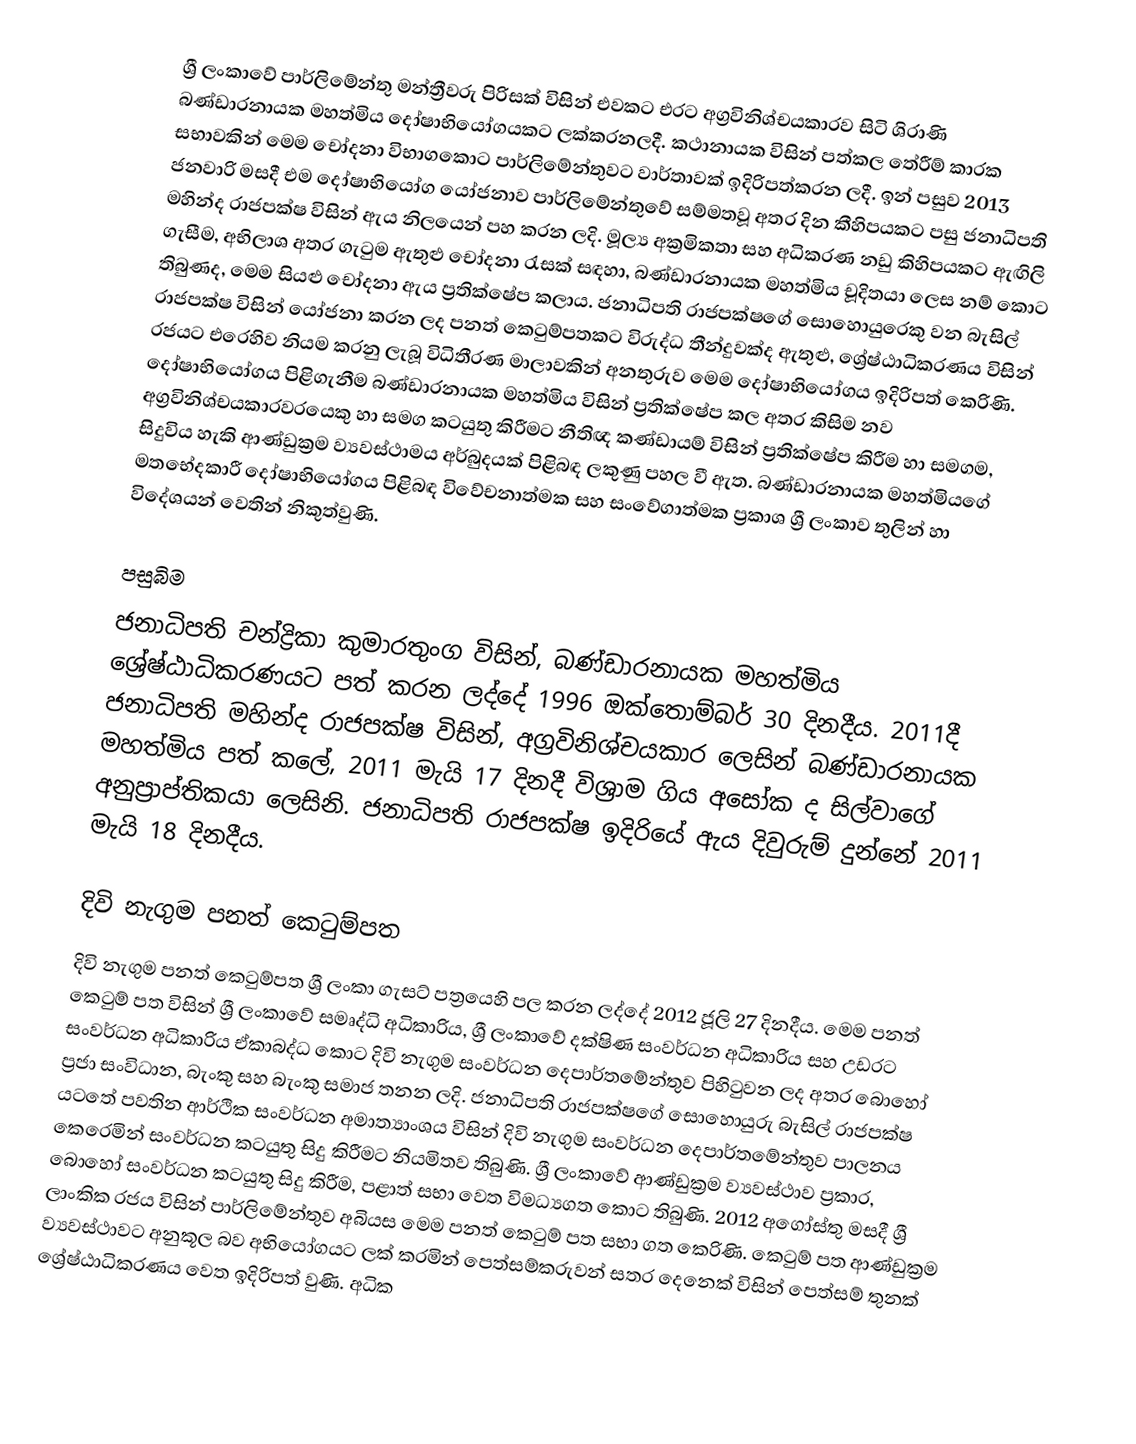
ශ්‍රී ලංකාවේ  පාර්ලිමේන්තු මන්ත්‍රීවරු  පිරිසක් විසින් එවකට එරට අග්‍රවිනිශ්චයකාරව සිටි ශිරාණි බණ්ඩාරනායක මහත්මිය දෝෂාභියෝගයකට ලක්කරනලදී. කථානායක විසින් පත්කල තේරීම් කාරක සභාවකින් මෙම චෝදනා විභාගකොට පාර්ලිමේන්තුවට වාර්තාවක් ඉදිරිපත්කරන ලදී.  ඉන් පසුව 2013 ජනවාරි මසදී  එම දෝෂාභියෝග යෝජනාව පාර්ලිමේන්තුවේ සම්මතවූ අතර දින කීහිපයකට පසු ජනාධිපති මහින්ද රාජපක්ෂ විසින් ඇය නිලයෙන් පහ කරන ලදි. මූල්‍ය අක්‍රමිකතා සහ අධිකරණ නඩු කිහිපයකට ඇඟිලි ගැසීම, අභිලාශ අතර ගැටුම ඇතුළු චෝදනා රැසක් සඳහා, බණ්ඩාරනායක මහත්මිය චූදිතයා ලෙස නම් කොට තිබුණද, මෙම සියළු චෝදනා ඇය ප්‍රතික්ෂේප කලාය.  ජනාධිපති රාජපක්ෂගේ සොහොයුරෙකු වන බැසිල් රාජපක්ෂ විසින් යෝජනා කරන ලද  පනත් කෙටුම්පතකට විරුද්ධ තීන්දුවක්ද ඇතුළු,  ශ්‍රේෂ්ඨාධිකරණය විසින් රජයට එරෙහිව නියම කරනු ලැබූ විධිතීරණ මාලාවකින් අනතුරුව  මෙම දෝෂාභියෝගය ඉදිරිපත් කෙරිණි. දෝෂාභියෝගය පිළිගැනීම බණ්ඩාරනායක මහත්මිය විසින් ප්‍රතික්ෂේප කල අතර කිසිම නව අග්‍රවිනිශ්චයකාරවරයෙකු හා සමග කටයුතු කිරීමට නීතිඥ කණ්ඩායම් විසින් ප්‍රතික්ෂේප කිරීම හා සමගම, සිදුවිය හැකි  ආණ්ඩුක්‍රම ව්‍යවස්ථාමය අර්බුදයක් පිළිබඳ ලකුණු පහල වී ඇත. බණ්ඩාරනායක මහත්මියගේ  මතභේදකාරී දෝෂාභියෝගය පිළිබඳ විවේචනාත්මක සහ  සංවේගාත්මක ප්‍රකාශ ශ්‍රී ලංකාව තුලින් හා විදේශයන් වෙතින් නිකුත්වුණි.

පසුබිම
ජනාධිපති චන්ද්‍රිකා කුමාරතුංග විසින්,  බණ්ඩාරනායක මහත්මිය  ශ්‍රේෂ්ඨාධිකරණයට පත් කරන ලද්දේ 1996 ඔක්තොම්බර් 30 දිනදීය. 2011දී  ජනාධිපති මහින්ද රාජපක්ෂ විසින්,  අග්‍රවිනිශ්චයකාර ලෙසින් බණ්ඩාරනායක මහත්මිය පත් කලේ, 2011 මැයි 17 දිනදී විශ්‍රාම ගිය අසෝක ද සිල්වාගේ අනුප්‍රාප්තිකයා ලෙසිනි. ජනාධිපති රාජපක්ෂ ඉදිරියේ ඇය දිවුරුම් දුන්නේ 2011 මැයි 18 දිනදීය.

දිවි නැගුම පනත් කෙටුම්පත
දිවි නැගුම පනත් කෙටුම්පත  ශ්‍රී ලංකා ගැසට් පත්‍රයෙහි පල කරන ලද්දේ 2012 ජූලි 27 දිනදීය. මෙම පනත් කෙටුම් පත විසින්  ශ්‍රී ලංකාවේ සමෘද්ධි අධිකාරිය, ශ්‍රී ලංකාවේ දක්ෂිණ සංවර්ධන අධිකාරිය සහ උඩරට සංවර්ධන අධිකාරිය ඒකාබද්ධ කොට දිවි නැගුම සංවර්ධන දෙපාර්තමේන්තුව පිහිටුවන ලද අතර බොහෝ ප්‍රජා සංවිධාන, බැංකු සහ බැංකු සමාජ තනන ලදි. ජනාධිපති රාජපක්ෂගේ සොහොයුරු බැසිල් රාජපක්ෂ යටතේ පවතින ආර්ථික සංවර්ධන අමාත්‍යාංශය විසින් දිවි නැගුම සංවර්ධන දෙපාර්තමේන්තුව පාලනය කෙරෙමින් සංවර්ධන කටයුතු සිදු කිරීමට නියමිතව තිබුණි. ශ්‍රී ලංකාවේ ආණ්ඩුක්‍රම ව්‍යවස්ථාව ප්‍රකාර, බොහෝ සංවර්ධන කටයුතු සිදු කිරීම, පළාත් සභා වෙත විමධ්‍යගත කොට තිබුණි. 2012 අගෝස්තු මසදී ශ්‍රී ලාංකික රජය විසින් පාර්ලිමේන්තුව අබියස මෙම පනත් කෙටුම් පත සභා ගත කෙරිණි. කෙටුම් පත ආණ්ඩුක්‍රම ව්‍යවස්ථාවට අනුකූල බව අභියෝගයට ලක් කරමින් පෙත්සම්කරුවන් සතර දෙනෙක් විසින් පෙත්සම් තුනක් ශ්‍රේෂ්ඨාධිකරණය වෙත  ඉදිරිපත් වුණි. අධික